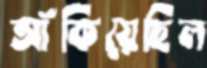
আঁকিয়েছিল